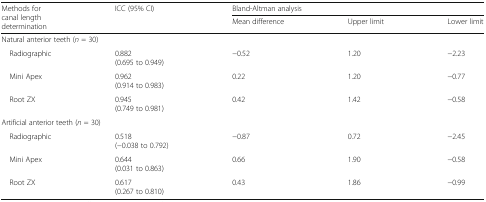
| <ROWSPAN=2> Methods for canal length determination | <ROWSPAN=2> ICC (95% CI) | <COLSPAN=3> Bland-Altman analysis |
 | Mean difference | Upper limit | Lower limit |
 | --- | --- | --- | --- | --- |
 | <COLSPAN=5> Natural anterior teeth (n = 30) |
 | Radiographic | 0.882(0.695 to 0.949) | −0.52 | 1.20 | −2.23 |
 | Mini Apex | 0.962(0.914 to 0.983) | 0.22 | 1.20 | −0.77 |
 | Root ZX | 0.945(0.749 to 0.981) | 0.42 | 1.42 | −0.58 |
 | <COLSPAN=5> Artificial anterior teeth (n = 30) |
 | Radiographic | 0.518(−0.038 to 0.792) | −0.87 | 0.72 | −2.45 |
 | Mini Apex | 0.644(0.031 to 0.863) | 0.66 | 1.90 | −0.58 |
 | Root ZX | 0.617(0.267 to 0.810) | 0.43 | 1.86 | −0.99 |